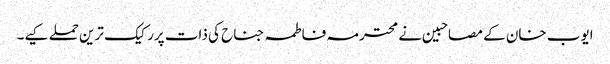
ایوب خان کے مصاحبین نے محترمہ فاطمہ جناح کی ذات پررکیک ترین حملے کیے۔